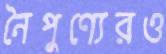
নৈপুণ্যেরও